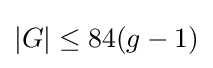
|G|\leq 84(g-1)